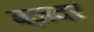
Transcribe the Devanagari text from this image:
बज़दर